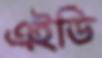
এইডি